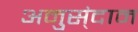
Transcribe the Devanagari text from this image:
अनुस्ंदान